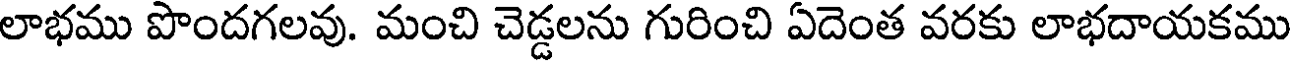
లాభము పొందగలవు. మంచి చెడ్డలను గురించి ఏదెంత వరకు లాభదాయకము